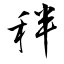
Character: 秚